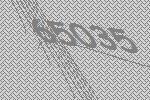
65035